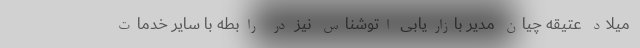
میلاد عتیقه چیان مدیر بازاریابی اتوشناس نیز در رابطه با سایر خدمات